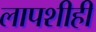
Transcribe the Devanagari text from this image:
लापशीही